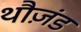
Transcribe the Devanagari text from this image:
थौज़ंड